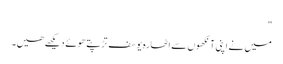
"
میں نے اپنی آنکھوں سے اٹھارہ یوسف تڑپتے ھوئے دیکھے ھیں۔